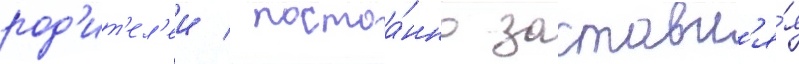
род'ит'ел'еи / постоа́нно заставл'я́я